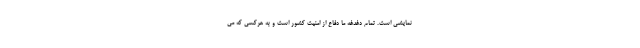
نمایشی است. تمام دغدغه ما دفاع از امنیت کشور است و به هرکسی که می